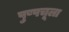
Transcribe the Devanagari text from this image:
पुष्पचूला